Indian journal of veterinary science and animal husbandry - Volumes 26-27, 1956-1957
Year: 1956
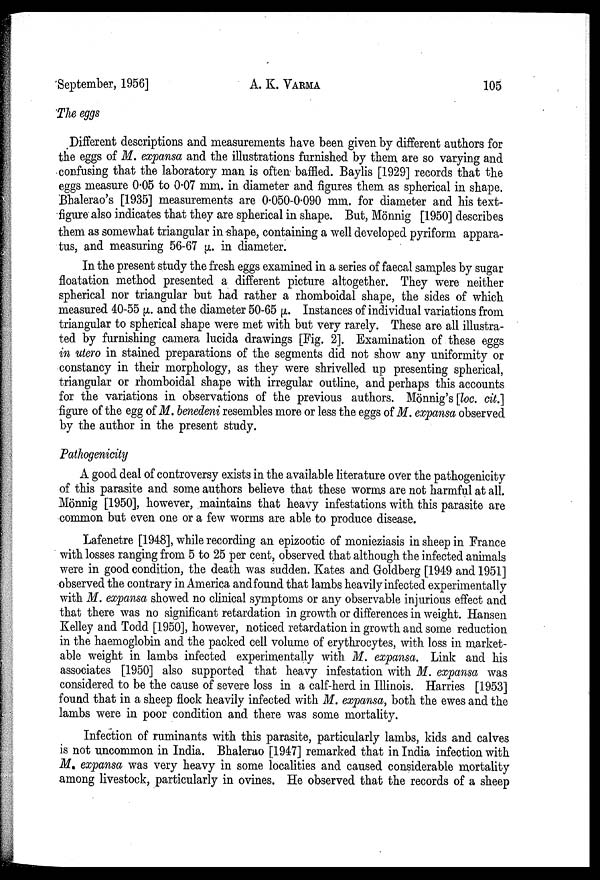
September, 1956]
A. K.
VARMA
105
The eggs
Different descriptions and measurements have been given by different authors for
the eggs of M. expansa and the illustrations furnished by them are so varying and
confusing that the laboratory man is often baffled. Baylis [1929] records that the
eggs measure 0.05 to 0.07 mm. in diameter and figures them as spherical in shape.
Bhalerao's [1935] measurements are 0.050-0.090 mm. for diameter and his text-
figure also indicates that they are spherical in shape. But, Monnig [1950] describes
them as somewhat triangular in shape, containing a well developed pyriform appara-
tus, and measuring 56-67 µ. in diameter.
In the present study the fresh eggs examined in a series of faecal samples by sugar
floatation method presented a different picture altogether. They were neither
spherical nor triangular but had rather a rhomboidal shape, the sides of which
measured 40-55 µ. and the diameter 50-65 µ. Instances of individual variations from
triangular to spherical shape were met with but very rarely. These are all illustra-
ted by furnishing camera lucida drawings [Fig. 2]. Examination of these eggs
in utero in stained preparations of the segments did not show any uniformity or
constancy in their morphology, as they were shrivelled up presenting spherical,
triangular or rhomboidal shape with irregular outline, and perhaps this accounts
for the variations in observations of the previous authors. Monnig's [loc. cit.]
figure of the egg of M. benedeni resembles more or less the eggs of M. expansa observed
by the author in the present study.
Pathogenicity
A good deal of controversy exists in the available literature over the pathogenicity
of this parasite and some authors believe that these worms are not harmful at all.
Monnig [1950], however, maintains that heavy infestations with this parasite are
common but even one or a few worms are able to produce disease.
Lafenetre [1948], while recording an epizootic of monieziasis in sheep in France
with losses ranging from 5 to 25 per cent, observed that although the infected animals
were in good condition, the death was sudden. Kates and Goldberg [1949 and 1951]
observed the contrary in America and found that lambs heavily infected experimentally
with M. expansa showed no clinical symptoms or any observable injurious effect and
that there was no significant retardation in growth or differences in weight. Hansen
Kelley and Todd [1950], however, noticed retardation in growth and some reduction
in the haemoglobin and the packed cell volume of erythrocytes, with loss in market-
able weight in lambs infected experimentally with M. expansa. Link and his
associates [1950] also supported that heavy infestation with M. expansa was
considered to be the cause of severe loss in a calf-herd in Illinois. Harries [1953]
found that in a sheep flock heavily infected with M. expansa, both the ewes and the
lambs were in poor condition and there was some mortality.
Infection of ruminants with this parasite, particularly lambs, kids and calves
is not uncommon in India. Bhalerao [1947] remarked that in India infection with
M. expansa was very heavy in some localities and caused considerable mortality
among livestock, particularly in ovines. He observed that the records of a sheep